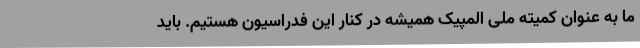
ما به عنوان کمیته ملی المپیک همیشه در کنار این فدراسیون هستیم. باید